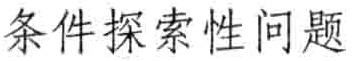
条件探索性问题